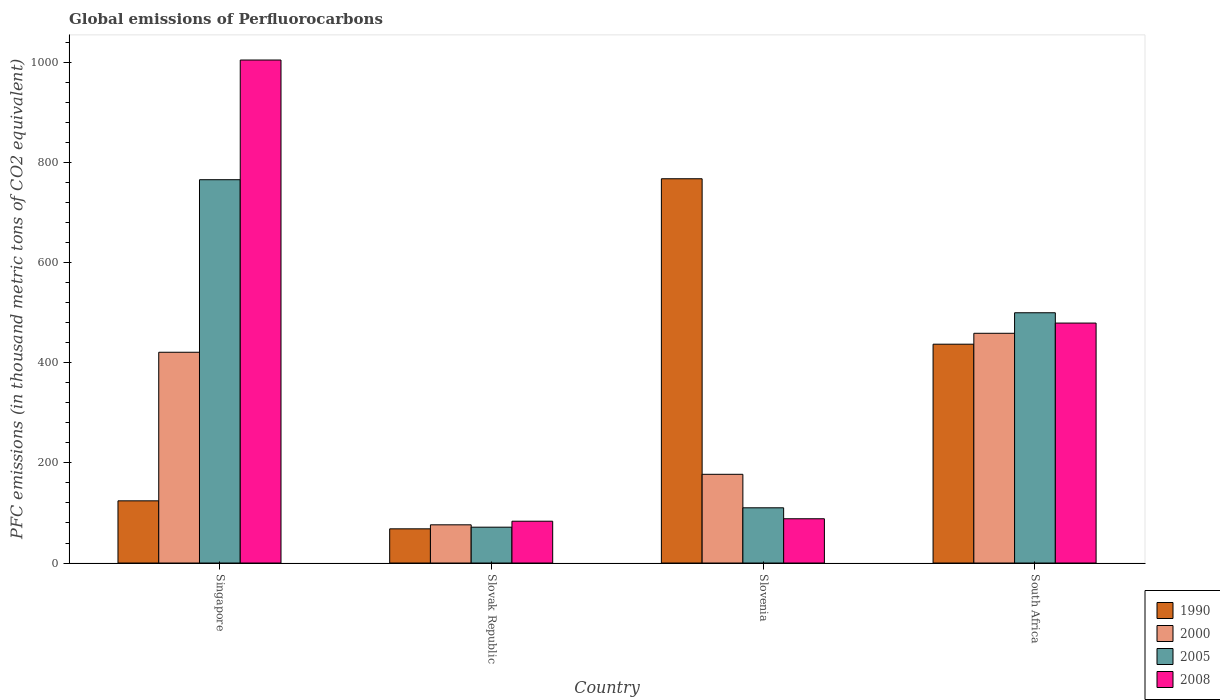
| Country | 1990 | 2000 | 2005 | 2008 |
 | --- | --- | --- | --- | --- |
 | Singapore | 124 | 421 | 766 | 1e+03 |
 | Slovak Republic | 68.3 | 76.3 | 71.6 | 83.5 |
 | Slovenia | 767 | 177 | 110 | 88.4 |
 | South Africa | 437 | 459 | 500 | 479 |